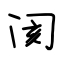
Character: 阂